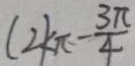
( 2 k \pi - \frac { 3 \pi } { 4 }